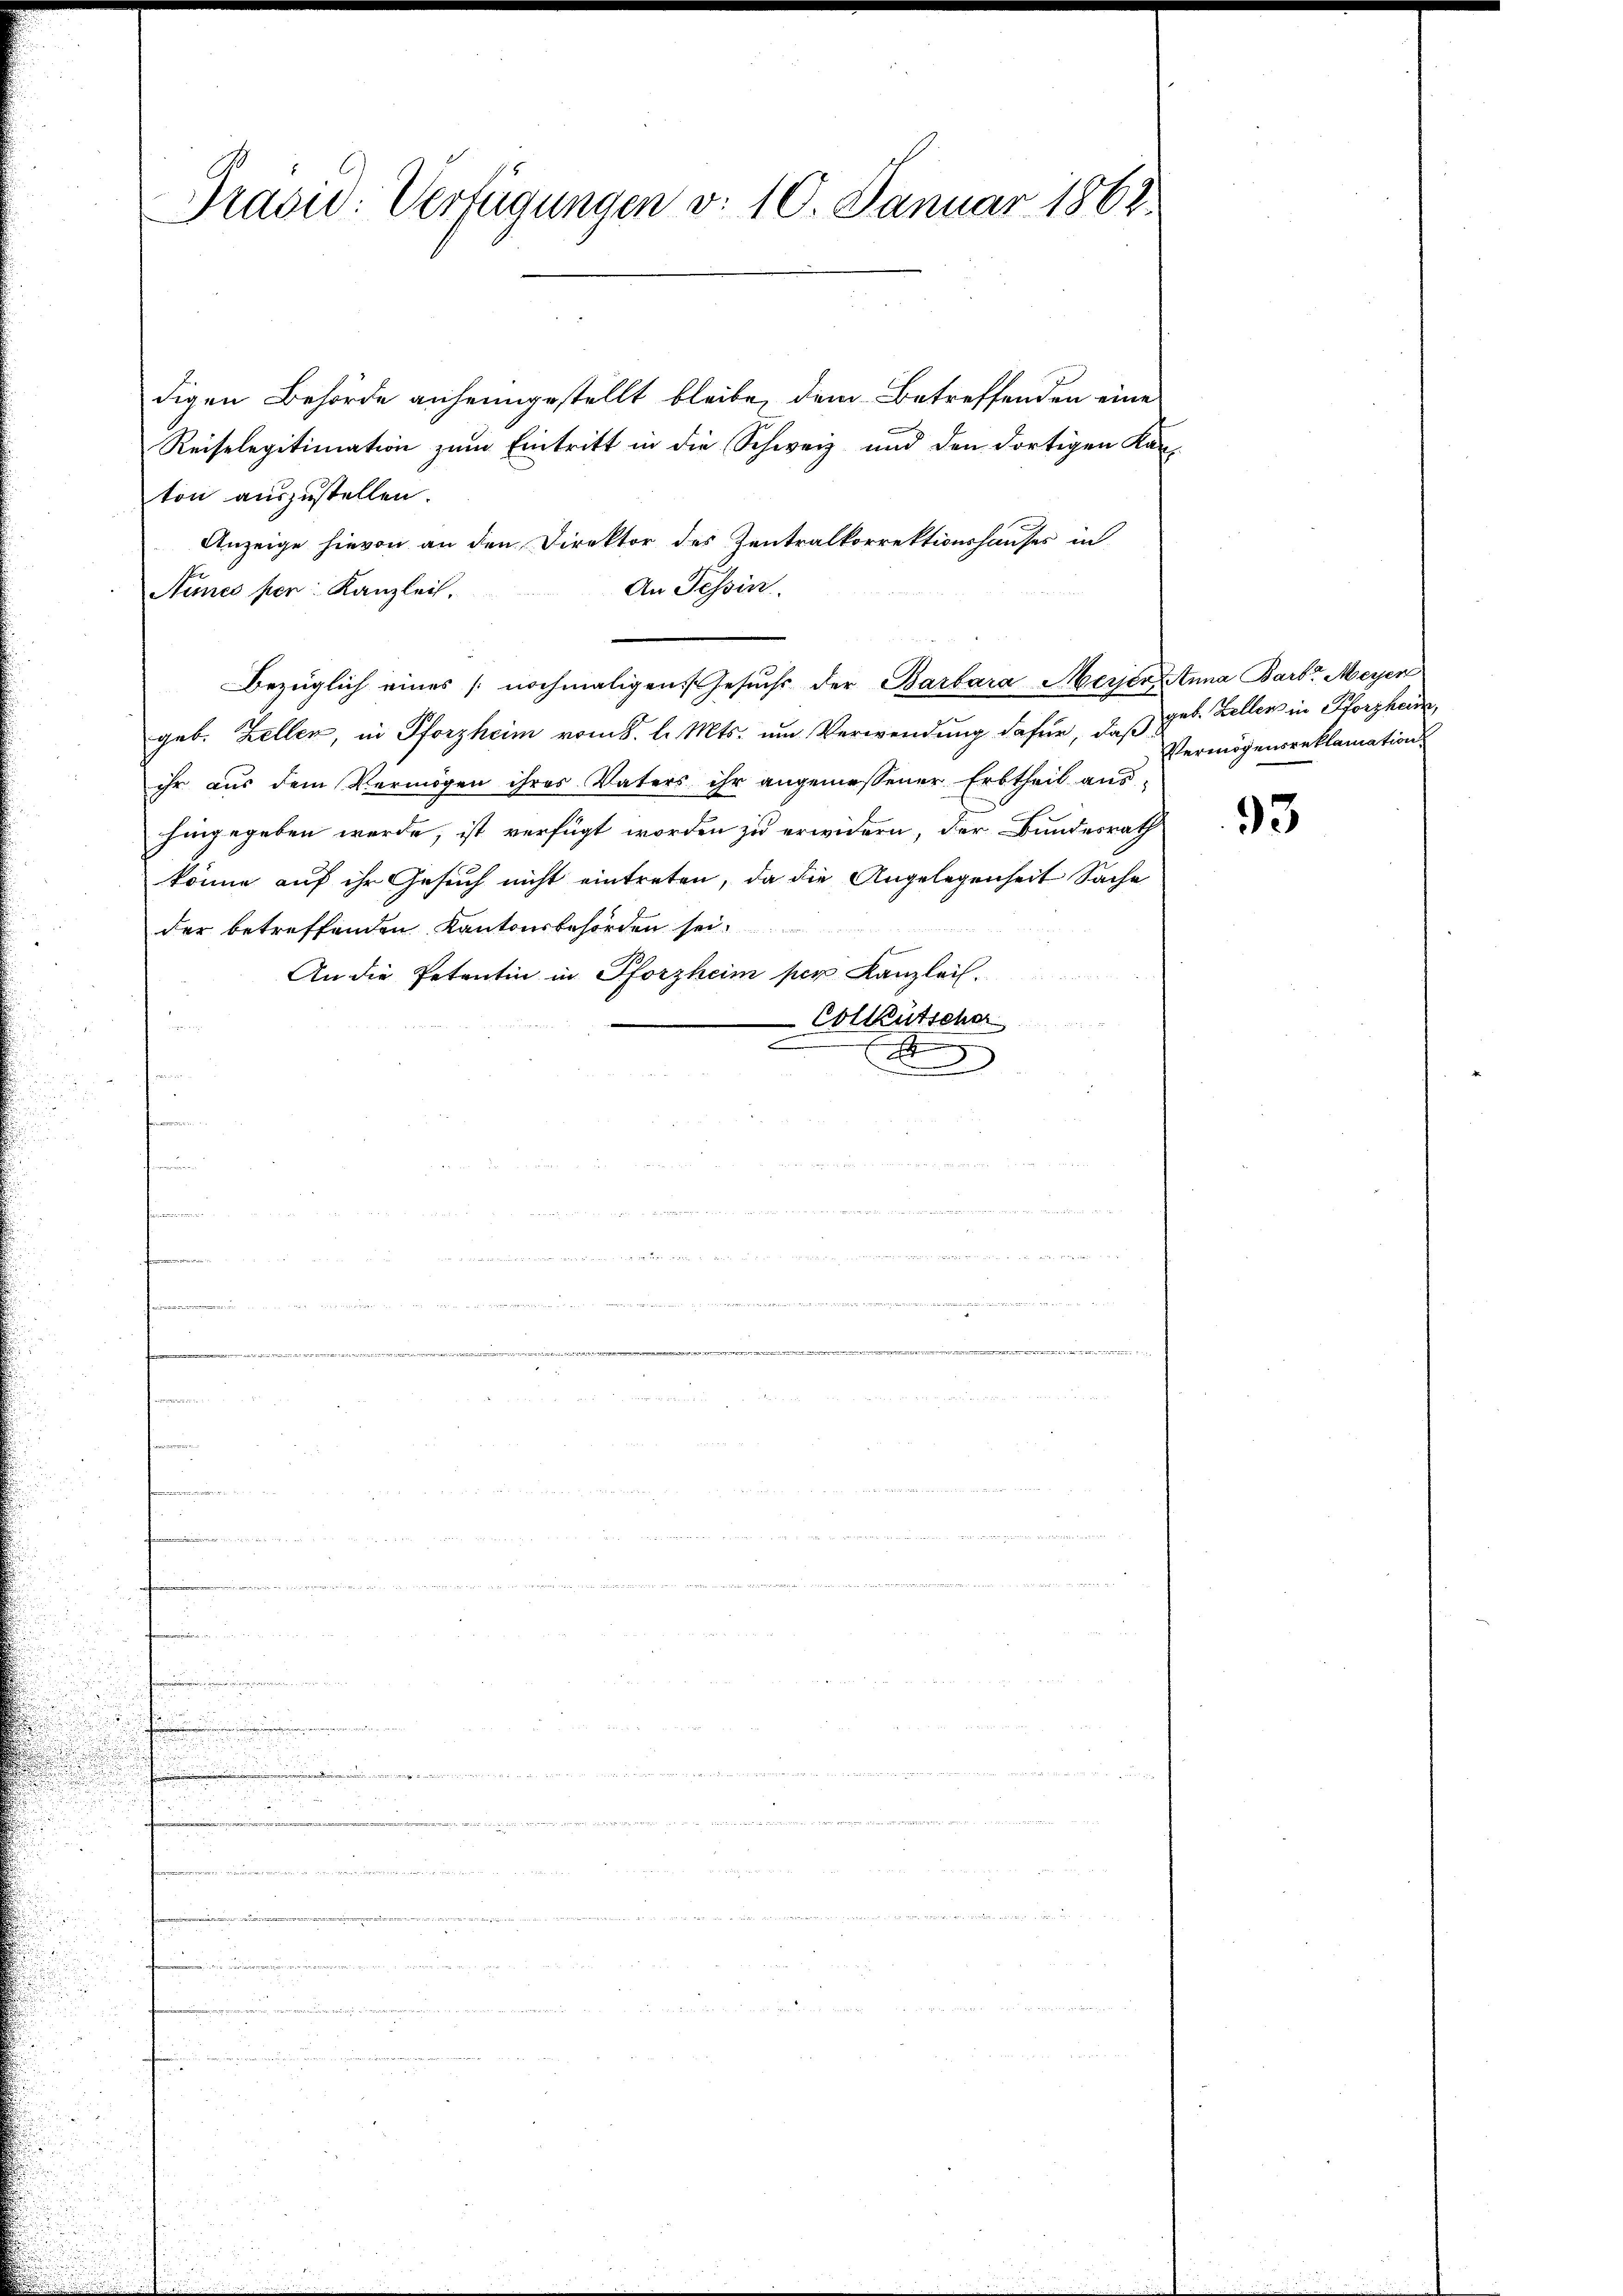
.

digen Behörde anheimgestellt bleibe, dem Betreffenden eine
Reiselegitimation zum Eintritt in die Schweiz und den dortigen Kanton auszustellen.
Anzeige hievon an den Direktor des Zentralkorrektionshauses in
An Tessin.
Nimes pen: Kanzlei.
Bezüglich eines nochmaligen Gesuchs der Barbara Meyer Anna Barb. Meyer
geb. Zellen, in Pforzheim vom 8. d. Mts. um Verwendung dafür, daß geb. Zeller in Pforzherde,
ihr aus dem Vermögen ihres Vaters ihr angemessener Erbtheil aus-
hingegeben werde, ist verfügt worden zu erwidern, der Bundesrath
könne auf ihr Gesuch nicht eintreten, da die Angelegenheit Sache
der betreffenden Kantonsbehörden sei.

An die Petentin in Pforzheim per Kanzlei.
-Colleütscher
h
)
t

Prasiv: Verfügungen d. 10. Januar 1868

o

men

Vermögensreklamation

93